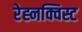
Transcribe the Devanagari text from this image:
रेह्नक्विस्ट